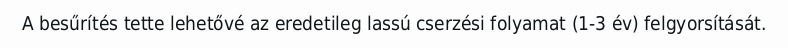
A besűrítés tette lehetővé az eredetileg lassú cserzési folyamat (1-3 év) felgyorsítását.